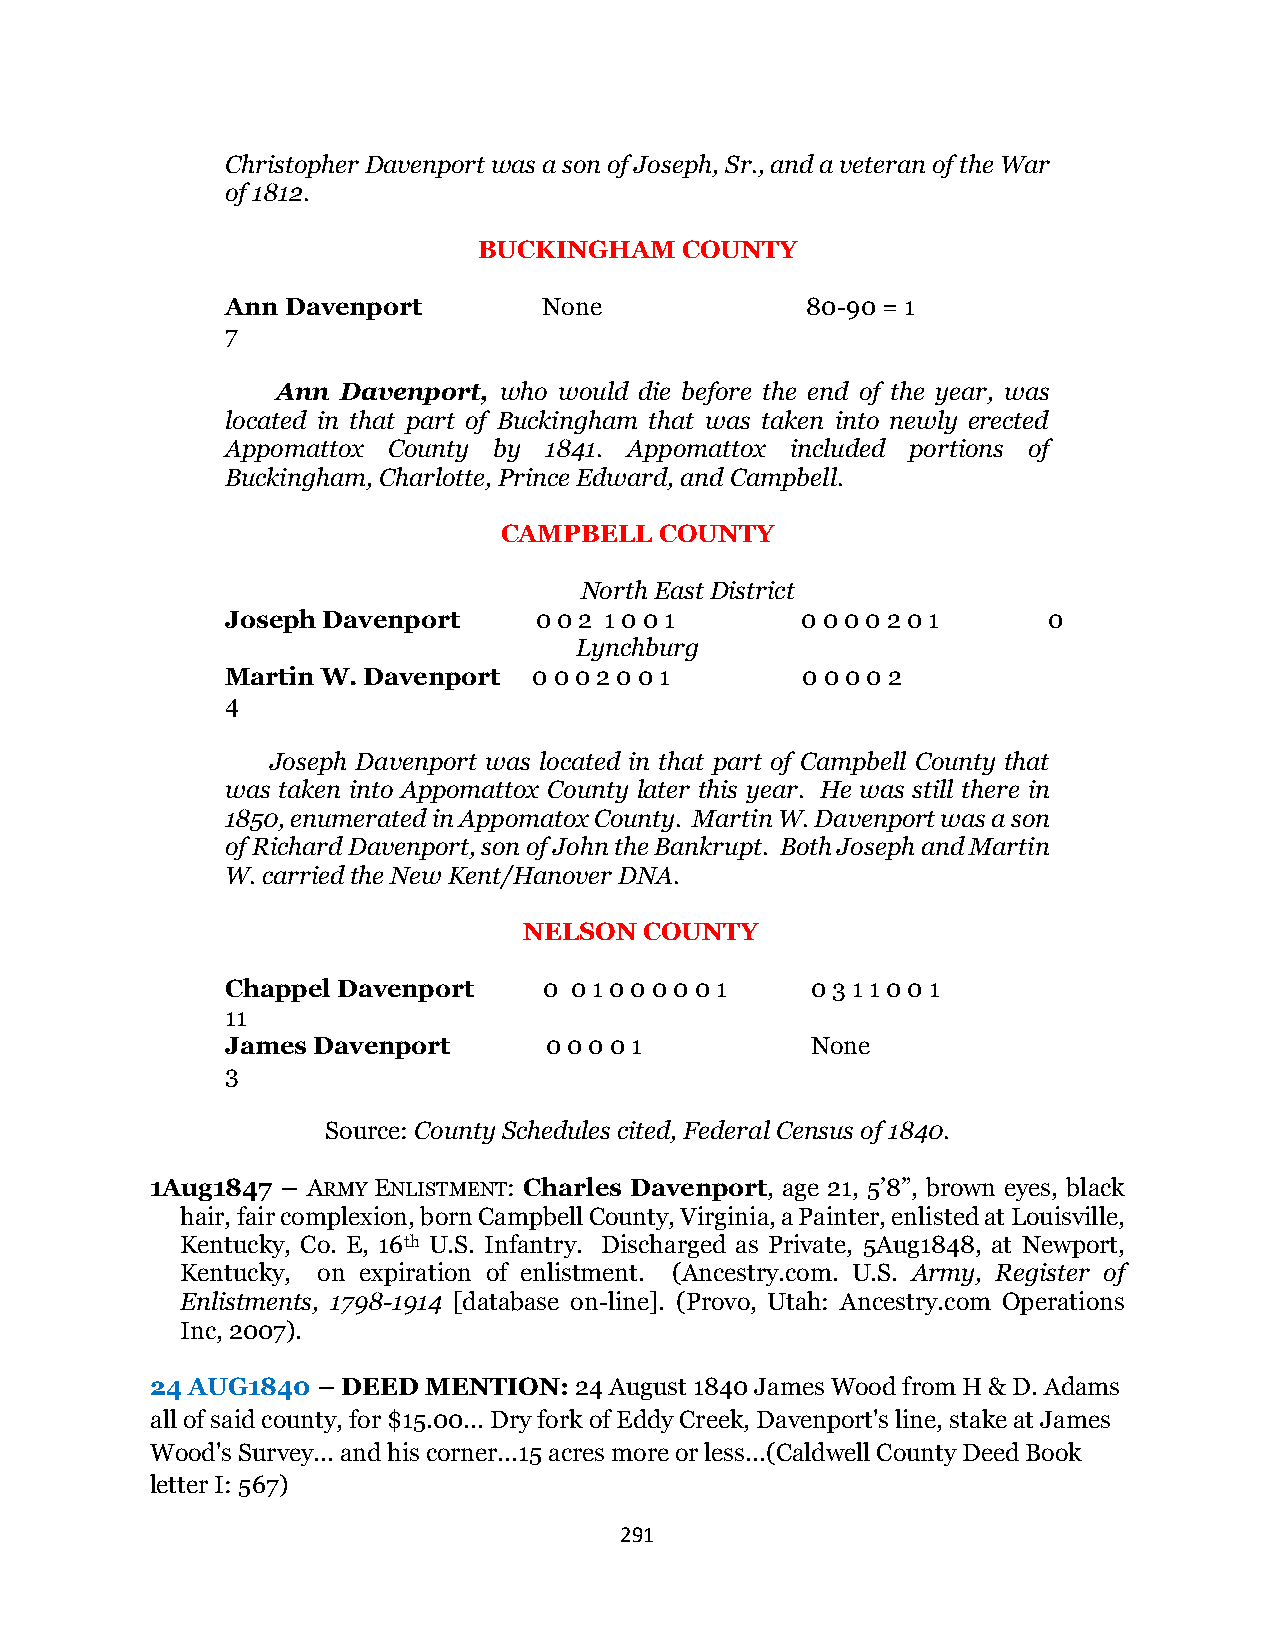
Christopher Davenport was a son of Joseph, Sr., and a veteran of the War
 of 1812.
 BUCKINGHAM   COUNTY
 Ann Davenport        None             80-90 = 1
 7
 Ann  Davenport, who would die before the end of the year, was
 located in that part of Buckingham that was taken into newly erected
 Appomattox County by 1841. Appomattox included portions of
 Buckingham, Charlotte, Prince Edward, and Campbell.
 CAMPBELL   COUNTY
 North East District
 Joseph Davenport    0 0 2 1 0 0 1     0 0 0 0 2 0 1   0
 Lynchburg
 Martin W. Davenport 0 0 0 2 0 0 1     0 0 0 0 2
 4
 Joseph Davenport was located in that part of Campbell County that
 was taken into Appomattox County later this year. He was still there in
 1850, enumerated in Appomatox County. Martin W. Davenport was a son
 of Richard Davenport, son of John the Bankrupt. Both Joseph and Martin
 W. carried the New Kent/Hanover DNA.
 NELSON  COUNTY
 Chappel Davenport    0 0 1 0 0 0 0 0 1 0 3 1 1 0 0 1
 11
 James Davenport      0 0 0 0 1         None
 3
 Source: County Schedules cited, Federal Census of 1840.
 1Aug1847 – ARMY ENLISTMENT: Charles Davenport, age 21, 5’8”, brown eyes, black
 hair, fair complexion, born Campbell County, Virginia, a Painter, enlisted at Louisville,
 Kentucky, Co. E, 16th U.S. Infantry. Discharged as Private, 5Aug1848, at Newport,
 Kentucky, on expiration of enlistment. (Ancestry.com. U.S. Army, Register of
 Enlistments, 1798-1914 [database on-line]. (Provo, Utah: Ancestry.com Operations
 Inc, 2007).
 24 AUG1840 – DEED MENTION:  24 August 1840 James Wood from H & D. Adams
 all of said county, for $15.00... Dry fork of Eddy Creek, Davenport's line, stake at James
 Wood's Survey... and his corner...15 acres more or less...(Caldwell County Deed Book
 letter I: 567)
 291